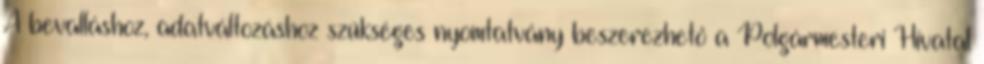
A bevalláshoz, adatváltozáshoz szükséges nyomtatvány beszerezhető a Polgármesteri Hivatal